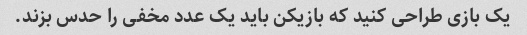
یک بازی طراحی کنید که بازیکن باید یک عدد مخفی را حدس بزند.